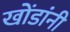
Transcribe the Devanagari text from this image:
खोंडांनी